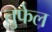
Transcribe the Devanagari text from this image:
तुफेल